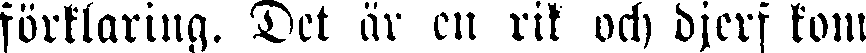
förklaring. Det är en rik och djerf kom